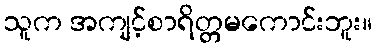
သူက အကျင့်စာရိတ္တမကောင်းဘူး။